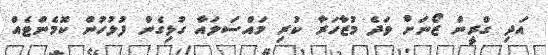
އަދި ގްރީން ޒޯނަށް ވަދެ މުޒާހަރާ ކުރި މައްސަލައާ ގުޅިގެން ފުލުހުން ކޮމެންޓެއް